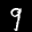
Label: 9